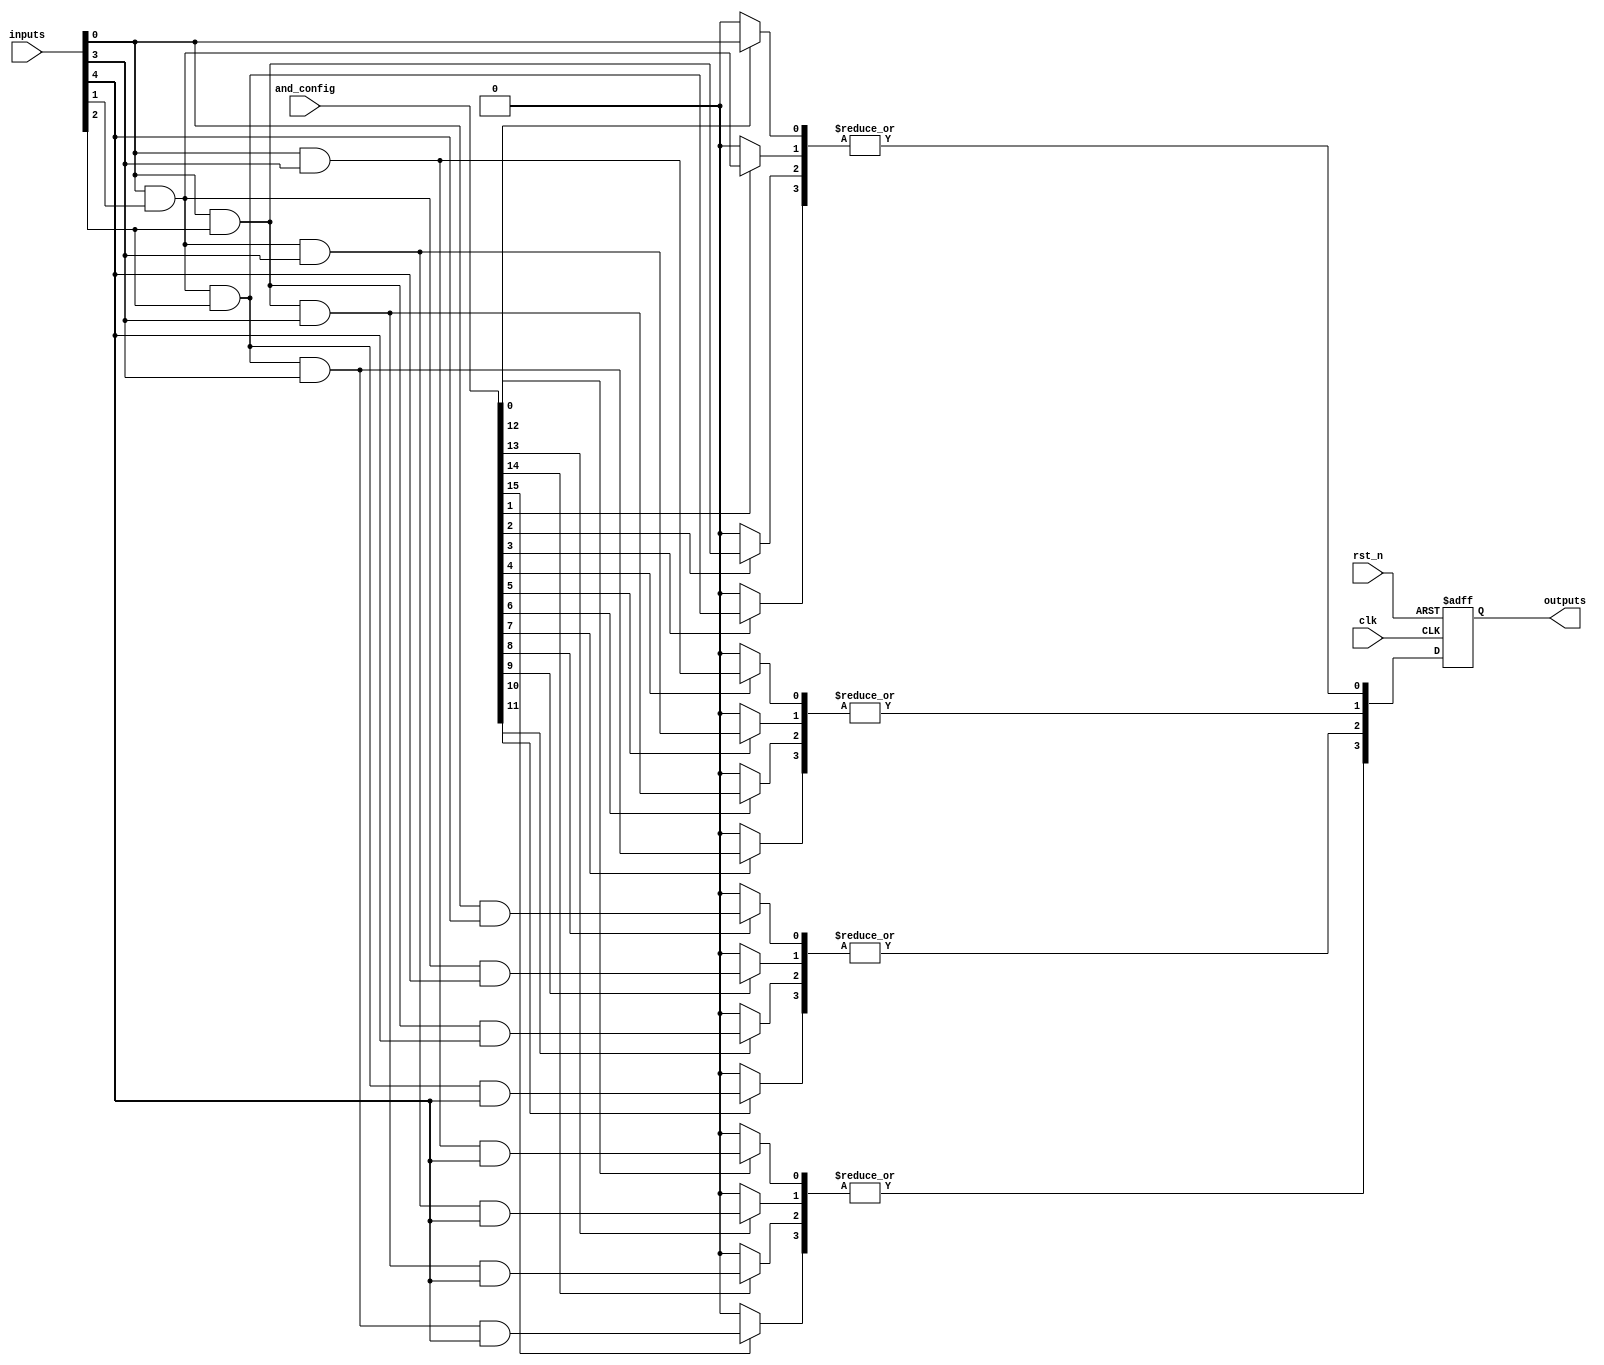
module RPAL #(
    parameter NUM_INPUTS = 8,        // Number of inputs
    parameter NUM_OUTPUTS = 4,       // Number of outputs
    parameter NUM_PRODUCT_TERMS = 16  // Number of product terms in AND plane
)(
    input wire clk,                   // Clock signal
    input wire rst_n,                 // Active low reset
    input wire [NUM_INPUTS-1:0] inputs, // Input signals
    input wire [NUM_PRODUCT_TERMS-1:0] and_config, // Configuration for AND plane
    output reg [NUM_OUTPUTS-1:0] outputs // Registered outputs
);

    // Intermediate product terms
    wire [NUM_PRODUCT_TERMS-1:0] product_terms;

    // Generate product terms based on the AND configuration
    genvar i, j;
    generate
        for (i = 0; i < NUM_PRODUCT_TERMS; i = i + 1) begin : and_plane
            assign product_terms[i] = and_config[i] ? 
                (inputs[0] & (i[0] ? inputs[1] : 1'b1) & (i[1] ? inputs[2] : 1'b1) & 
                (i[2] ? inputs[3] : 1'b1) & (i[3] ? inputs[4] : 1'b1) & 
                (i[4] ? inputs[5] : 1'b1) & (i[5] ? inputs[6] : 1'b1) & 
                (i[6] ? inputs[7] : 1'b1)) : 1'b0;
        end
    endgenerate

    // OR plane combining product terms
    wire [NUM_OUTPUTS-1:0] or_outputs;
    generate
        for (j = 0; j < NUM_OUTPUTS; j = j + 1) begin : or_plane
            assign or_outputs[j] = |product_terms[j * (NUM_PRODUCT_TERMS / NUM_OUTPUTS) +: (NUM_PRODUCT_TERMS / NUM_OUTPUTS)];
        end
    endgenerate

    // Register outputs
    always @(posedge clk or negedge rst_n) begin
        if (!rst_n) begin
            outputs <= 0; // Asynchronous reset
        end else begin
            outputs <= or_outputs; // Latch OR outputs into registers
        end
    end

endmodule